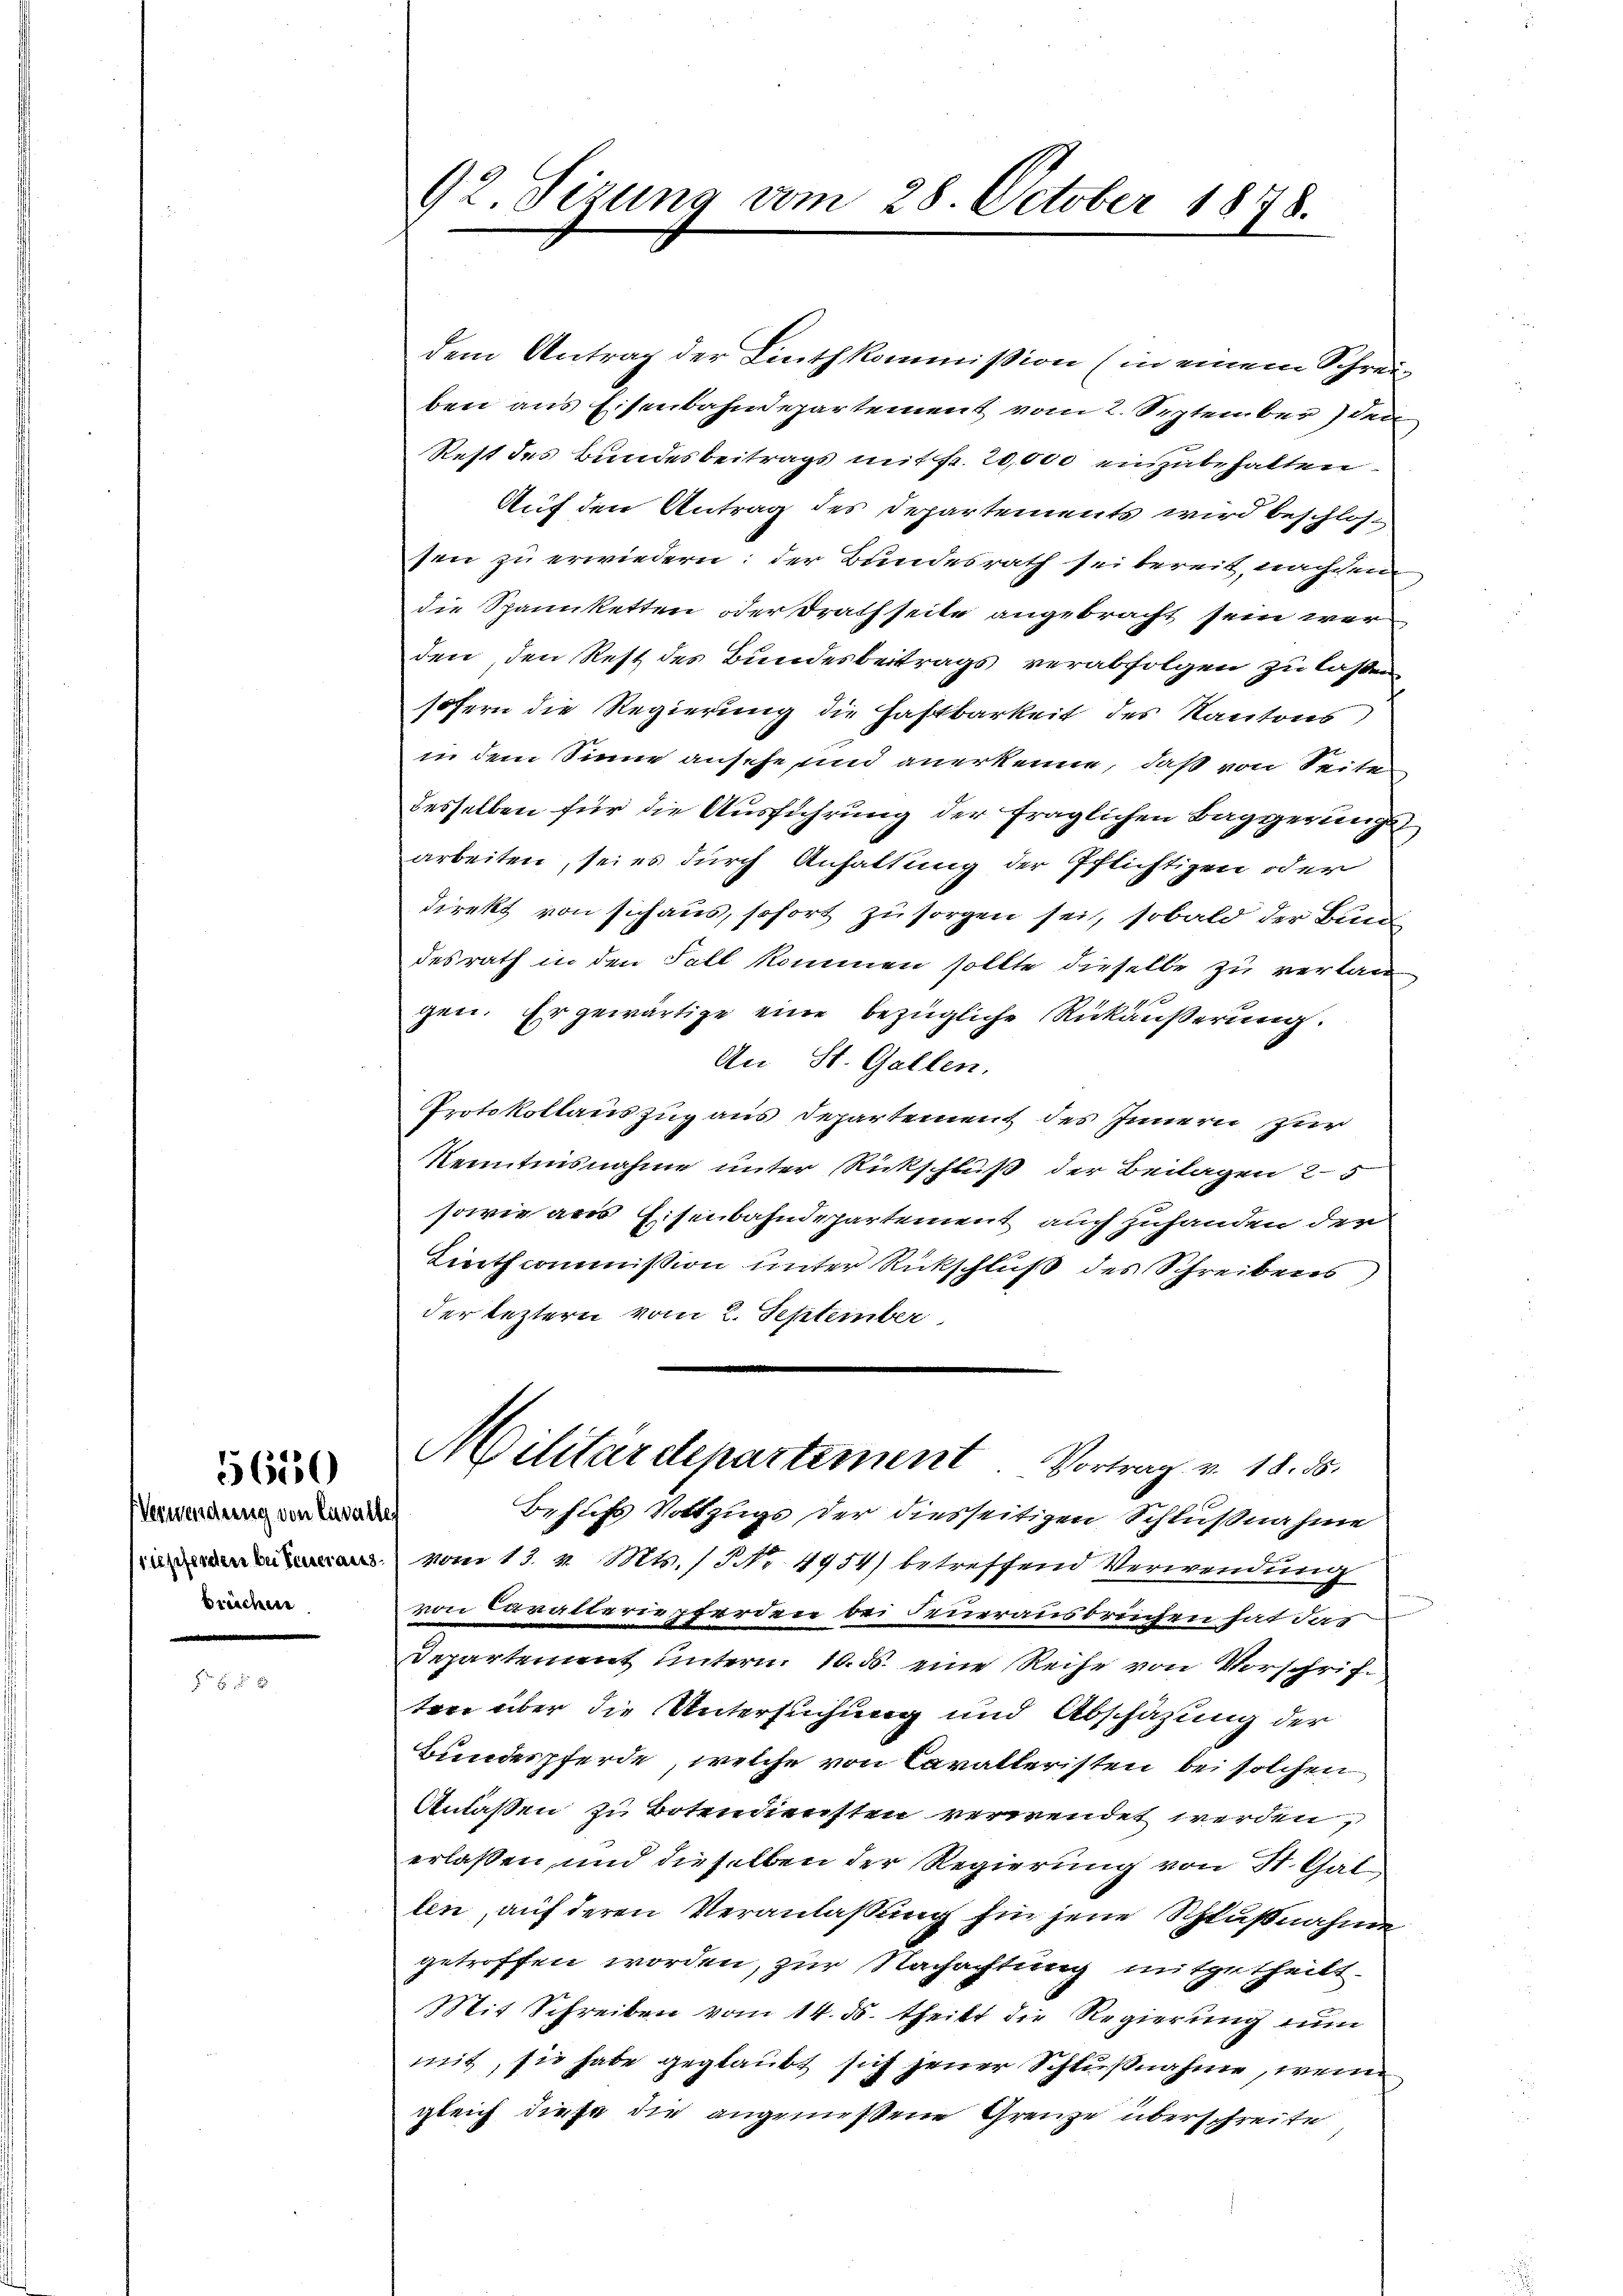
5650

Verwendung von Cavalle
itpferden bei Feuerausbreichen

92. Sizung vom 28. October 1878.

dem Antrag der Linthkommission (in einem Schreiben aus Eisenbahndepartement vom 2. September den
Rest des Bundesbeitrags mit Fr. 20,000 einzubehalten
Auf den Antrag des Departements wird beschlossen zu erwiedern: der Bundesrath sei bereit, nachdem
die Spannketten oder Drathseite angebracht sein wer
den, den Rest des Bundesbeitrags verabfolgen zu laßen
sofern die Regierung die Haftbarkeit des Kantons,
in dem Sinne ansehe, und anerkenne, daß von Seite
desselben für die Ausführung der fraglichen Baggerungsarbeiten, sei es durch Anhaltung der Pflichtigen oder
direkt von sich aus, sofort zu sorgen sei, sobald der Bun
desrath in den Fall kommen sollte dieselbe zu verlan
gen. Er gewärtige eine bezügliche Rückäußerung.
An St. Gallen.
Protokollauszug aus Departement des Innern zur
Kenntnisnahme unter Rickschluß der Beilagen 25
sowie aus Eisenbahndepartement auch zuhanden der
Linthcommission unter Rückschluß des Schreibens
der leztern vom 2. September
Militärdepartement. Vortrag v. 18. ds.
Behufs Vollzugs der diesseitigen Schlußnahme
vom 13. v. Mts. (§ No. 4954) betreffend Verwendung
von Lavatteriepferden bei Feuerausbrechen hat das
Departement untern 10. ds. eine Reihe von Vorschriften über die Untersuchung und Abschäzung der
Bundespferde, welche von Cavalleristen bei solchen
Anlaßen zu Botendiensten verwendet werden,
erlassen, und dieselben der Regierung von St. Gallen, auf deren Veranlaßung fin jene Schlußnahme
getroffen worden, zur Nachachtung mitgetheilt.
Mit Schreiben vom 14. ds. theilt die Regierung nun
mit, sie habe geglaubt sich jener Schlußnahme, wenn
gleich diese die angemessene Grenze überschreite